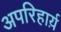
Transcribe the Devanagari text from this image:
अपरिहार्य़